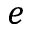
e